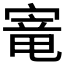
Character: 𫳭